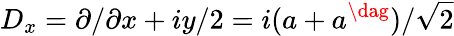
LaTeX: D_{x}={\partial}/{\partial x}+{i}y/{2}={i}(a+a^{\dag})/{\sqrt{2}}